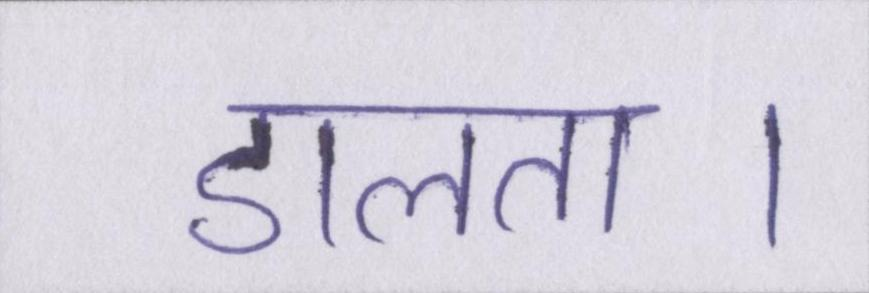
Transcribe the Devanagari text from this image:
डालता।